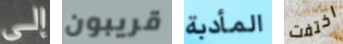
إلى قريبون المأدبة اختفت